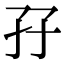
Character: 孖